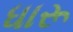
ધારૂ